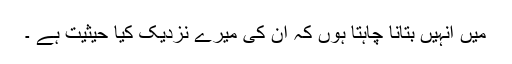
میں انہیں بتانا چاہتا ہوں کہ ان کی میرے نزدیک کیا حیثیت ہے ۔